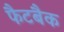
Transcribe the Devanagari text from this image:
फैटबैक